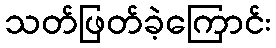
သတ်ဖြတ်ခဲ့ကြောင်း